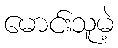
မောင်းသူမဲ့